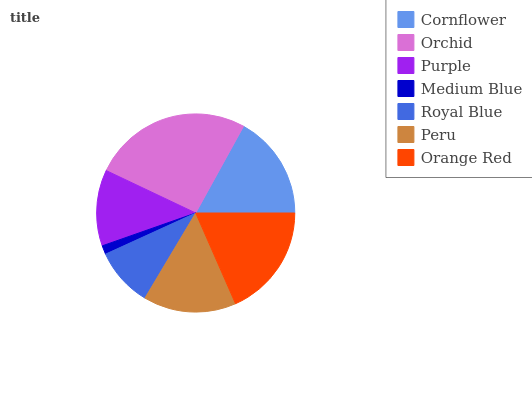
| Cornflower | Orchid | Purple | Medium Blue | Royal Blue | Peru | Orange Red |
 | --- | --- | --- | --- | --- | --- | --- |
 | 17% | 25.9% | 12.4% | 1.44% | 9.62% | 15.1% | 18.5% |